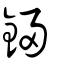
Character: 鋟